Problem: 11 × 4 = ?
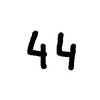
Handwritten answer: 44